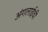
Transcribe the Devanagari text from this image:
अंगलाईची